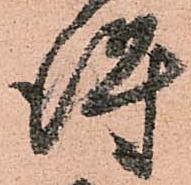
得